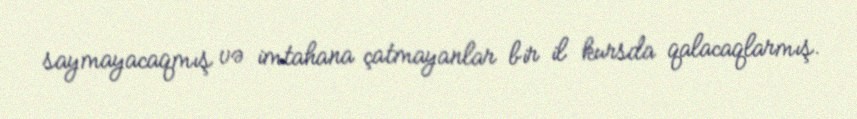
saymayacaqmış və imtahana çatmayanlar bir il kursda qalacaqlarmış.